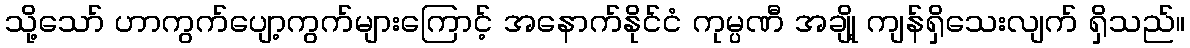
သို့သော် ဟာကွက်ပျော့ကွက်များကြောင့် အနောက်နိုင်ငံ ကုမ္ပဏီ အချို့ ကျန်ရှိသေးလျက် ရှိသည်။